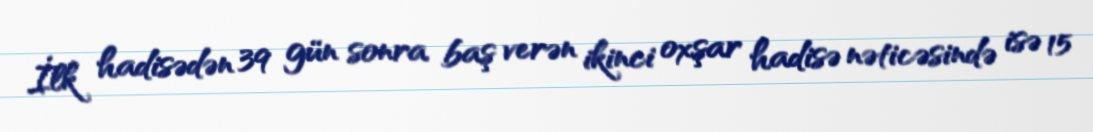
İlk hadisədən 39 gün sonra baş verən ikinci oxşar hadisə nəticəsində isə 15